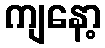
ကျနော့